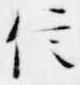
信